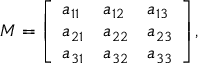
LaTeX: M = { \left[ \begin{array} { l l l } { a _ { 1 1 } } & { a _ { 1 2 } } & { a _ { 1 3 } } \\ { a _ { 2 1 } } & { a _ { 2 2 } } & { a _ { 2 3 } } \\ { a _ { 3 1 } } & { a _ { 3 2 } } & { a _ { 3 3 } } \end{array} \right] } ,